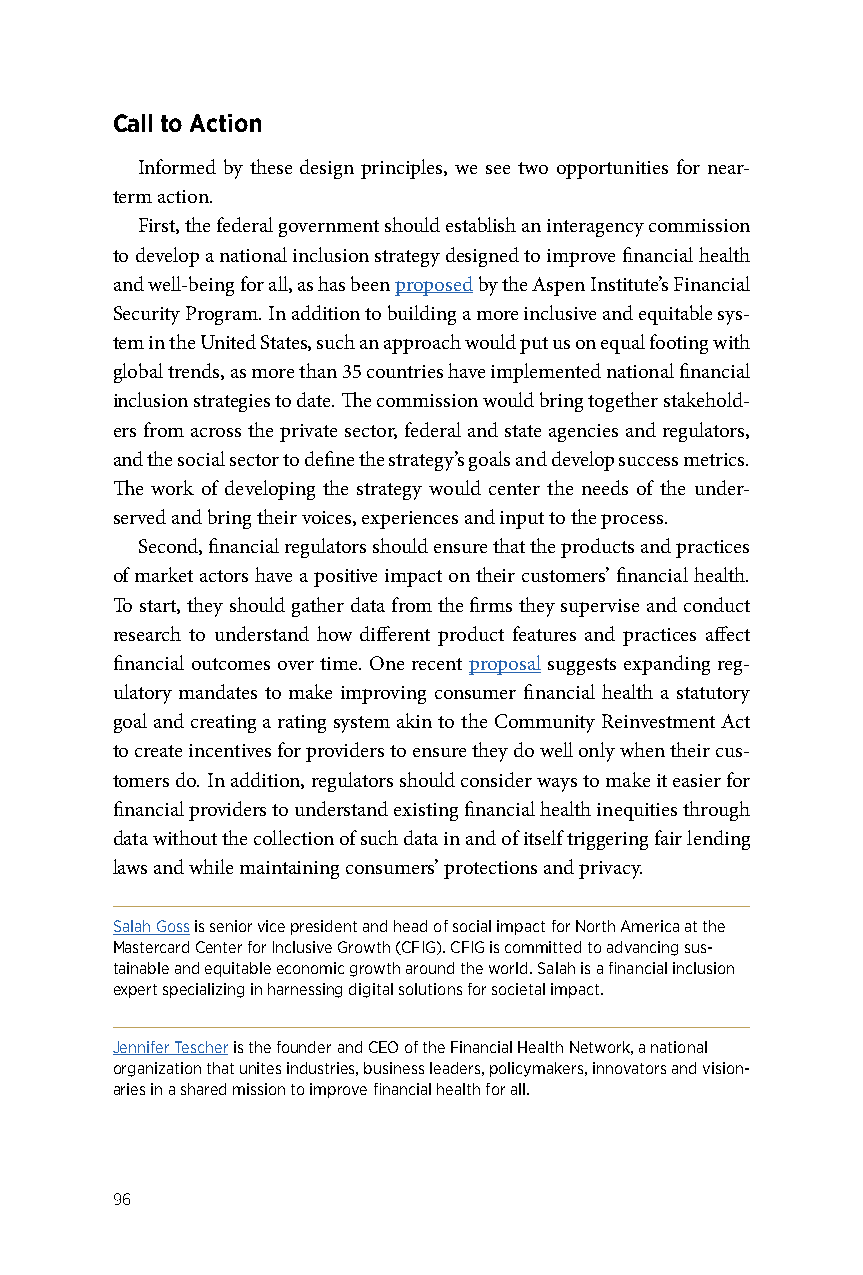
Call to Action
 Informed by these design principles, we see two opportunities for near-
 term action.
 First, the federal government should establish an interagency commission
 to develop a national inclusion strategy designed to improve financial health
 and well-being for all, as has been proposed by the Aspen Institute’s Financial
 Security Program. In addition to building a more inclusive and equitable sys-
 tem in the United States, such an approach would put us on equal footing with
 global trends, as more than 35 countries have implemented national financial
 inclusion strategies to date. The commission would bring together stakehold-
 ers from across the private sector, federal and state agencies and regulators,
 and the social sector to define the strategy’s goals and develop success metrics.
 The work of developing the strategy would center the needs of the under-
 served and bring their voices, experiences and input to the process.
 Second, financial regulators should ensure that the products and practices
 of market actors have a positive impact on their customers’ financial health.
 To start, they should gather data from the firms they supervise and conduct
 research to understand how different product features and practices affect
 financial outcomes over time. One recent proposal suggests expanding reg-
 ulatory mandates to make improving consumer financial health a statutory
 goal and creating a rating system akin to the Community Reinvestment Act
 to create incentives for providers to ensure they do well only when their cus-
 tomers do. In addition, regulators should consider ways to make it easier for
 financial providers to understand existing financial health inequities through
 data without the collection of such data in and of itself triggering fair lending
 laws and while maintaining consumers’ protections and privacy.
 Salah Goss is senior vice president and head of social impact for North America at the
 Mastercard Center for Inclusive Growth (CFIG). CFIG is committed to advancing sus-
 tainable and equitable economic growth around the world. Salah is a financial inclusion
 expert specializing in harnessing digital solutions for societal impact.
 Jennifer Tescher is the founder and CEO of the Financial Health Network, a national
 organization that unites industries, business leaders, policymakers, innovators and vision-
 aries in a shared mission to improve financial health for all.
 96